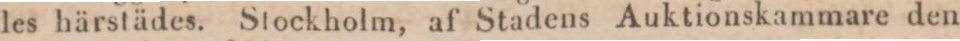
les härstädes. Stockholm, af Stadens Auktionskammare den